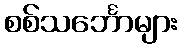
စစ်သင်္ဘောများ